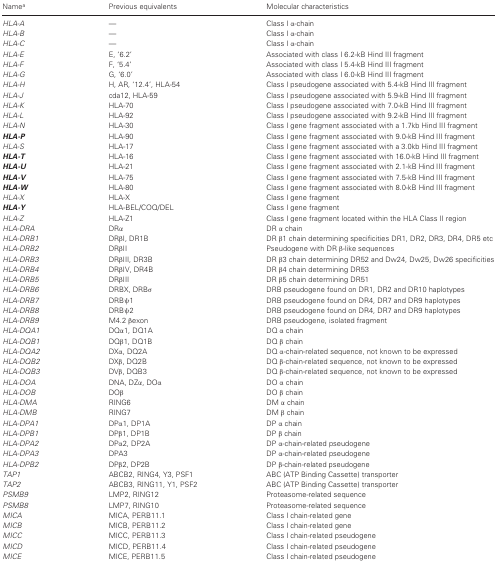
<table><thead><tr><td><b>Namea</b></td><td><b>Previous equivalents</b></td><td><b>Molecular characteristics</b></td></tr></thead><tbody><tr><td><i>HLA-A</i></td><td>—</td><td>Class I α-chain</td></tr><tr><td><i>HLA-B</i></td><td>—</td><td>Class I α-chain</td></tr><tr><td><i>HLA-C</i></td><td>—</td><td>Class I α-chain</td></tr><tr><td><i>HLA-E</i></td><td>E, ‘6.2’</td><td>Associated with class I 6.2-kB Hind III fragment</td></tr><tr><td><i>HLA-F</i></td><td>F, ‘5.4’</td><td>Associated with class I 5.4-kB Hind III fragment</td></tr><tr><td><i>HLA-G</i></td><td>G, ‘6.0’</td><td>Associated with class I 6.0-kB Hind III fragment</td></tr><tr><td><i>HLA-H</i></td><td>H, AR, ‘12.4’, HLA-54</td><td>Class I pseudogene associated with 5.4-kB Hind III fragment</td></tr><tr><td><i>HLA-J</i></td><td>cda12, HLA-59</td><td>Class I pseudogene associated with 5.9-kB Hind III fragment</td></tr><tr><td><i>HLA-K</i></td><td>HLA-70</td><td>Class I pseudogene associated with 7.0-kB Hind III fragment</td></tr><tr><td><i>HLA-L</i></td><td>HLA-92</td><td>Class I pseudogene associated with 9.2-kB Hind III fragment</td></tr><tr><td><i>HLA-N</i></td><td>HLA-30</td><td>Class I gene fragment associated with a 1.7kb Hind III fragment</td></tr><tr><td><b><i>HLA-P</i></b></td><td>HLA-90</td><td>Class I gene fragment associated with 9.0-kB Hind III fragment</td></tr><tr><td><i>HLA-S</i></td><td>HLA-17</td><td>Class I gene fragment associated with a 3.0kb Hind III fragment</td></tr><tr><td><b><i>HLA-T</i></b></td><td>HLA-16</td><td>Class I gene fragment associated with 16.0-kB Hind III fragment</td></tr><tr><td><b><i>HLA-U</i></b></td><td>HLA-21</td><td>Class I gene fragment associated with 2.1-kB Hind III fragment</td></tr><tr><td><b><i>HLA-V</i></b></td><td>HLA-75</td><td>Class I gene fragment associated with 7.5-kB Hind III fragment</td></tr><tr><td><b><i>HLA-W</i></b></td><td>HLA-80</td><td>Class I gene fragment associated with 8.0-kB Hind III fragment</td></tr><tr><td><i>HLA-X</i></td><td>HLA-X</td><td>Class I gene fragment</td></tr><tr><td><b><i>HLA-Y</i></b></td><td>HLA-BEL/COQ/DEL</td><td>Class I gene fragment</td></tr><tr><td><i>HLA-Z</i></td><td>HLA-Z1</td><td>Class I gene fragment located within the HLA Class II region</td></tr><tr><td><i>HLA-DRA</i></td><td>DRα</td><td>DR α chain</td></tr><tr><td><i>HLA-DRB1</i></td><td>DRβI, DR1B</td><td>DR β1 chain determining specificities DR1, DR2, DR3, DR4, DR5 etc</td></tr><tr><td><i>HLA-DRB2</i></td><td>DRβII</td><td>Pseudogene with DR β-like sequences</td></tr><tr><td><i>HLA-DRB3</i></td><td>DRβIII, DR3B</td><td>DR β3 chain determining DR52 and Dw24, Dw25, Dw26 specificities</td></tr><tr><td><i>HLA-DRB4</i></td><td>DRβIV, DR4B</td><td>DR β4 chain determining DR53</td></tr><tr><td><i>HLA-DRB5</i></td><td>DRβIII</td><td>DR β5 chain determining DR51</td></tr><tr><td><i>HLA-DRB6</i></td><td>DRBX, DRBσ</td><td>DRB pseudogene found on DR1, DR2 and DR10 haplotypes</td></tr><tr><td><i>HLA-DRB7</i></td><td>DRBψ1</td><td>DRB pseudogene found on DR4, DR7 and DR9 haplotypes</td></tr><tr><td><i>HLA-DRB8</i></td><td>DRBψ2</td><td>DRB pseudogene found on DR4, DR7 and DR9 haplotypes</td></tr><tr><td><i>HLA-DRB9</i></td><td>M4.2 βexon</td><td>DRB pseudogene, isolated fragment</td></tr><tr><td><i>HLA-DQA1</i></td><td>DQα1, DQ1A</td><td>DQ α chain</td></tr><tr><td><i>HLA-DQB1</i></td><td>DQβ1, DQ1B</td><td>DQ β chain</td></tr><tr><td><i>HLA-DQA2</i></td><td>DXα, DQ2A</td><td>DQ α-chain-related sequence, not known to be expressed</td></tr><tr><td><i>HLA-DQB2</i></td><td>DXβ, DQ2B</td><td>DQ β-chain-related sequence, not known to be expressed</td></tr><tr><td><i>HLA-DQB3</i></td><td>DVβ, DQB3</td><td>DQ β-chain-related sequence, not known to be expressed</td></tr><tr><td><i>HLA-DOA</i></td><td>DNA, DZα, DOα</td><td>DO α chain</td></tr><tr><td><i>HLA-DOB</i></td><td>DOβ</td><td>DO β chain</td></tr><tr><td><i>HLA-DMA</i></td><td>RING6</td><td>DM α chain</td></tr><tr><td><i>HLA-DMB</i></td><td>RING7</td><td>DM β chain</td></tr><tr><td><i>HLA-DPA1</i></td><td>DPα1, DP1A</td><td>DP α chain</td></tr><tr><td><i>HLA-DPB1</i></td><td>DPβ1, DP1B</td><td>DP β chain</td></tr><tr><td><i>HLA-DPA2</i></td><td>DPα2, DP2A</td><td>DP α-chain-related pseudogene</td></tr><tr><td><i>HLA-DPA3</i></td><td>DPA3</td><td>DP α-chain-related pseudogene</td></tr><tr><td><i>HLA-DPB2</i></td><td>DPβ2, DP2B</td><td>DP β-chain-related pseudogene</td></tr><tr><td><i>TAP1</i></td><td>ABCB2, RING4, Y3, PSF1</td><td>ABC (ATP Binding Cassette) transporter</td></tr><tr><td><i>TAP2</i></td><td>ABCB3, RING11, Y1, PSF2</td><td>ABC (ATP Binding Cassette) transporter</td></tr><tr><td><i>PSMB9</i></td><td>LMP2, RING12</td><td>Proteasome-related sequence</td></tr><tr><td><i>PSMB8</i></td><td>LMP7, RING10</td><td>Proteasome-related sequence</td></tr><tr><td><i>MICA</i></td><td>MICA, PERB11.1</td><td>Class I chain-related gene</td></tr><tr><td><i>MICB</i></td><td>MICB, PERB11.2</td><td>Class I chain-related gene</td></tr><tr><td><i>MICC</i></td><td>MICC, PERB11.3</td><td>Class I chain-related pseudogene</td></tr><tr><td><i>MICD</i></td><td>MICD, PERB11.4</td><td>Class I chain-related pseudogene</td></tr><tr><td><i>MICE</i></td><td>MICE, PERB11.5</td><td>Class I chain-related pseudogene</td></tr></tbody></table>